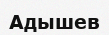
Адышев